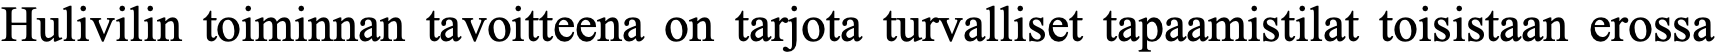
Hulivilin toiminnan tavoitteena on tarjota turvalliset tapaamistilat toisistaan erossa